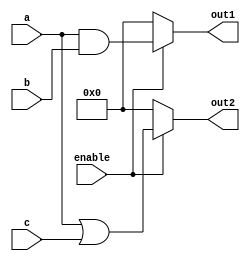
module combinational_logic (
    input wire [3:0] a,        // 4-bit input signal a
    input wire [3:0] b,        // 4-bit input signal b
    input wire [3:0] c,        // 4-bit input signal c
    input wire enable,         // Control signal
    output reg [3:0] out1,     // 4-bit output signal out1
    output reg [3:0] out2      // 4-bit output signal out2
);

always @(*) begin
    if (enable) begin
        out1 = a & b;          // Bitwise AND of a and b
        out2 = a | c;          // Bitwise OR of a and c
    end else begin
        out1 = 4'b0000;        // Default value when not enabled
        out2 = 4'b0000;        // Default value when not enabled
    end
end

endmodule